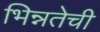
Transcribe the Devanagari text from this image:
भिन्नतेची